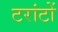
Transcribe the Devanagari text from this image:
टरांटों